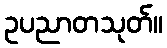
ဥပညာတသုတ်။